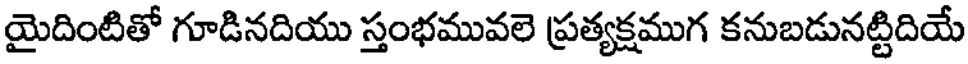
యైదింటితో గూడినదియు స్తంభమువలె ప్రత్యక్షముగ కనుబడునట్టిదియే